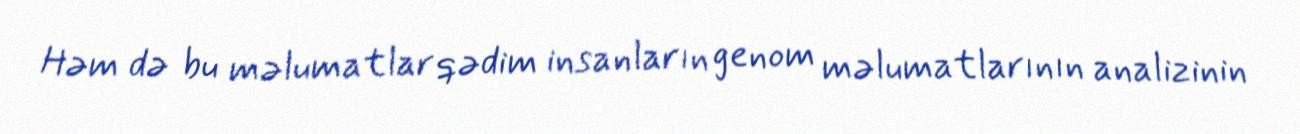
Həm də bu məlumatlar qədim insanların genom məlumatlarının analizinin